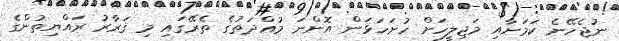
ނުޖެހޭނެ ކަމަށާއި މަޖިލީހަށް ހުށަހަޅަން އޮންނަ މުއްދަތުގެ ތެރޭގައި މި ޤަރާރު ރައްޔިތުންގެ